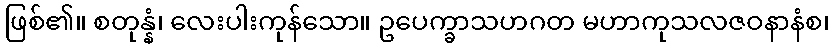
ဖြစ်၏။ စတုန္နံ၊ လေးပါးကုန်သော။ ဥပေက္ခာသဟဂတ မဟာကုသလဇဝနာနံစ၊